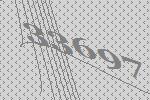
33697